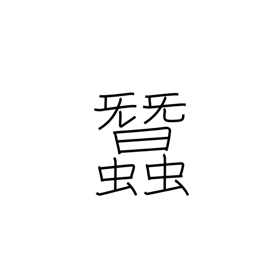
Meaning: silkworms